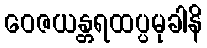
ဝေဇယန္တရထပ္ပမုခါနိ